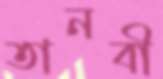
তানবী